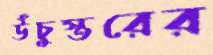
উঁচুস্তরের